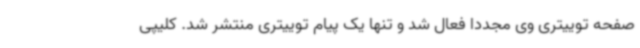
صفحه توییتری وی مجددا فعال شد و تنها یک پیام توییتری منتشر شد. کلیپی